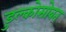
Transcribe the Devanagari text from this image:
डुल्कोसोबत